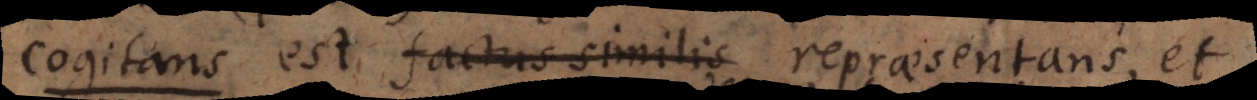
s est factus similis repraesentans